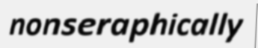
nonseraphically